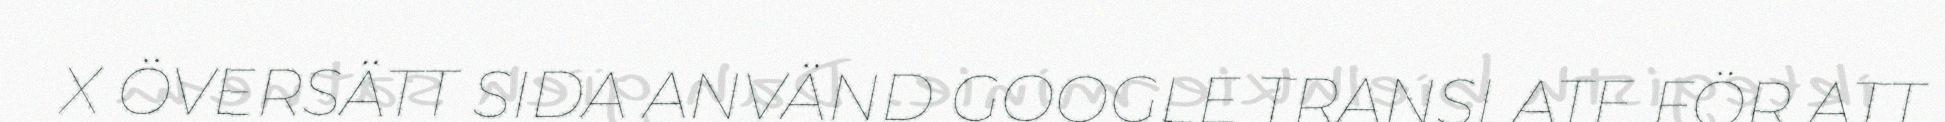
X ÖVERSÄTT SIDA ANVÄND GOOGLE TRANSLATE FÖR ATT